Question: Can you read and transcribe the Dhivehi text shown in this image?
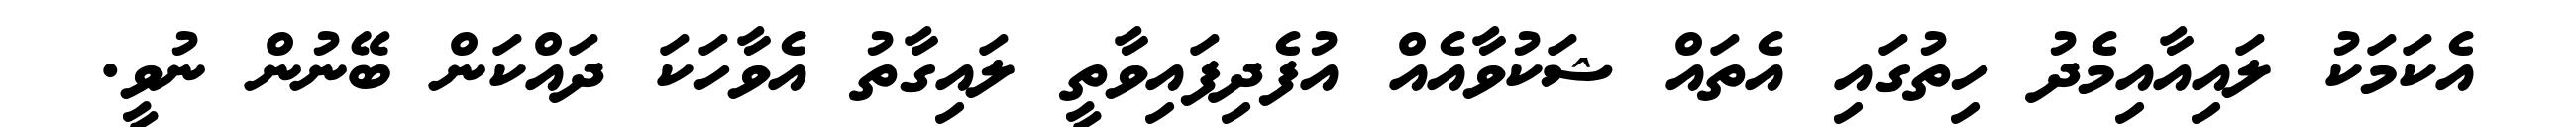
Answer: އެކަމަކު ލައިއާއިމެދު ހިތުގައި އެތައް ޝަކުވާއެއް އުފެދިފައިވާތީ ލައިގާތު އެވާހަކަ ދައްކަން ބޭނުން ނުވީ.